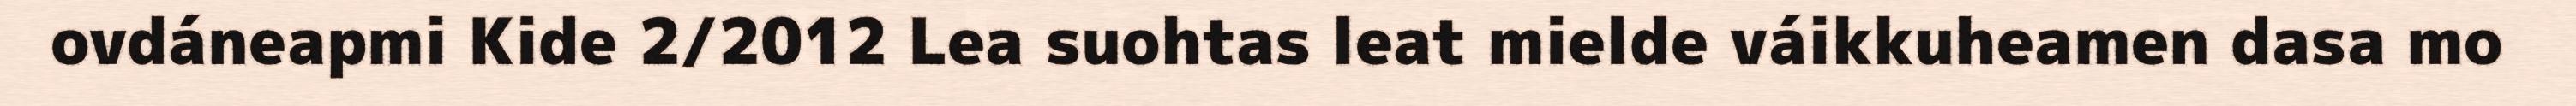
ovdáneapmi Kide 2/2012 Lea suohtas leat mielde váikkuheamen dasa mo